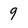
Character: 9